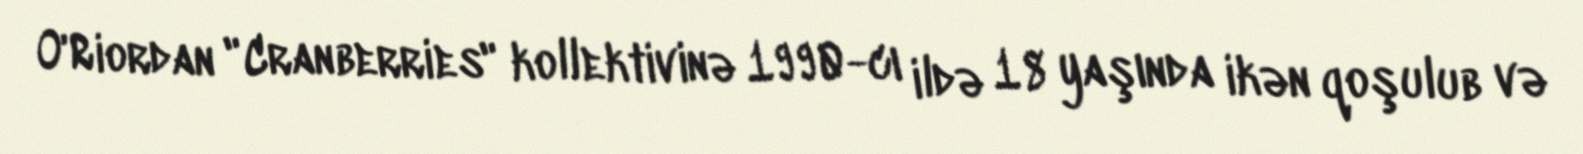
O'Riordan "Cranberries" kollektivinə 1990-cı ildə 18 yaşında ikən qoşulub və